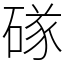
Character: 䃍